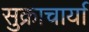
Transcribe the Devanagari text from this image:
सुक्राचार्या